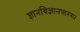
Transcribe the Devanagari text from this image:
ज्ञानविज्ञानपारग।